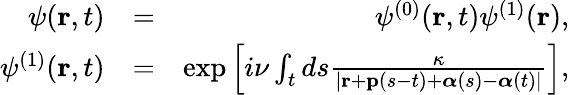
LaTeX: \begin{array}{rlr}{\psi(\mathbf{r},t)}&{=}&{\psi^{(0)}(\mathbf{r},t)\psi^{(1)}(\mathbf{r}),}\\ {\psi^{(1)}(\mathbf{r},t)}&{=}&{\exp\left[i\nu\int_{t}ds\frac{\kappa}{|\mathbf{r}+\mathbf{p}(s-t)+\boldsymbol{\alpha}(s)-\boldsymbol{\alpha}(t)|}\right],}\end{array}